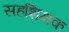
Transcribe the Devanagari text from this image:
सहशिक्षक